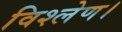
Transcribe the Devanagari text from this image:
विश्लेण।